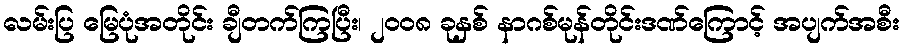
လမ်းပြ မြေပုံအတိုင်း ချီတက်ကြပြီး၊ ၂ဝဝ၈ ခုနှစ် နာဂစ်မုန်တိုင်းဒဏ်ကြောင့် အပျက်အစီး